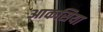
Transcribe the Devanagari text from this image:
आकसिया